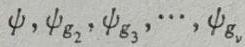
$\psi,\psi_{g_2},\psi_{g_3},\cdots,\psi_{g_v}$